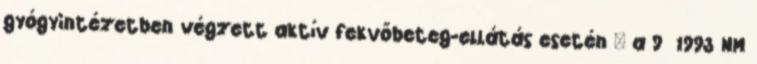
gyógyintézetben végzett aktív fekvőbeteg-ellátás esetén – a 9 1993 NM